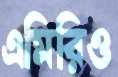
এমিরিও